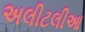
અલીટલીઆ